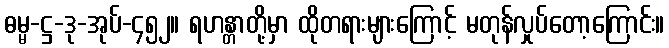
ဓမ္မ-ဋ္ဌ-ဒု-အုပ်-၄၅၂။ ရဟန္တာတို့မှာ ထိုတရားများကြောင့် မတုန်လှုပ်တော့ကြောင်း။